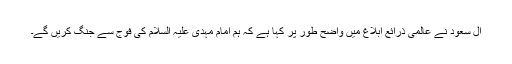
آل سعود نے عالمی ذرائع ابلاغ میں واضح طور پر کہا ہے کہ ہم امام مہدی علیہ السلام کی فوج سے جنگ کریں گے۔